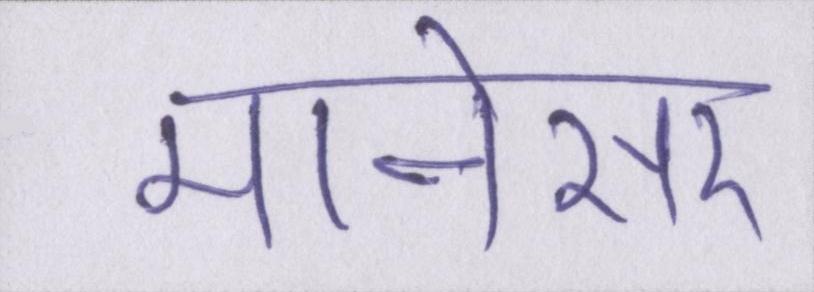
मानेसर